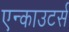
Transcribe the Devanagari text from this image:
एन्काउटर्स